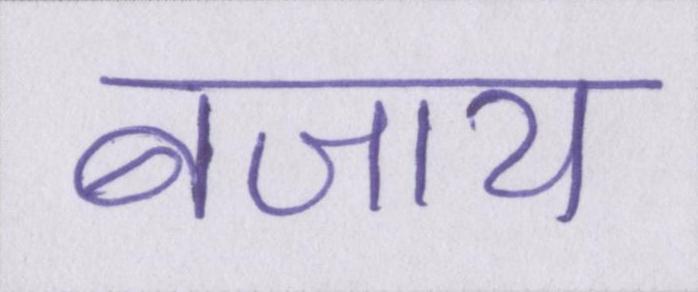
बजाय